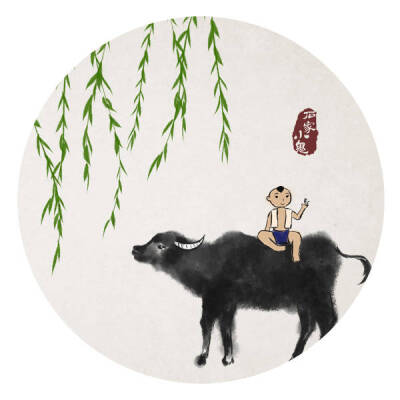
牧童骑黄牛，歌声振林樾。